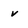
Character: v